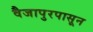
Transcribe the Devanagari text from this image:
वैजापुरपासून